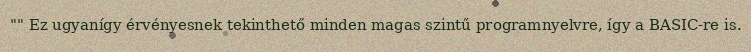
"" Ez ugyanígy érvényesnek tekinthető minden magas szintű programnyelvre, így a BASIC-re is.